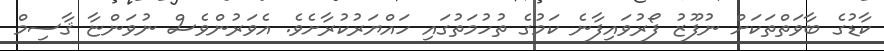
ކާޑުގެ ބާވަތްތަކަށް ނުފޫޒު ފޯރުވައިފާނެ ކަމުގެ ތުހުމަތުގައި ހައްޔަރުކުރާށެވެ. އެވަރުންވެސް ނުވަންޏާ ޤާސިމް